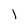
Character: l